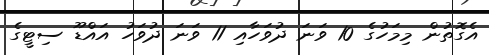
އެގޮތުން މިމަހުގެ 10 ވަނަ ދުވަހާއި 11 ވަނަ ދުވަހު އައްޑޫ ސިޓީގެ